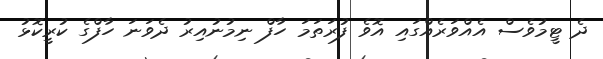
ދެ ޓީމުވެސް އެއްވަރެއްގައި އޮވެ ފުރަތަމަ ހާފް ނިމުނުއިރު ދެވަނަ ހާފްގެ ކުރީކޮޅު